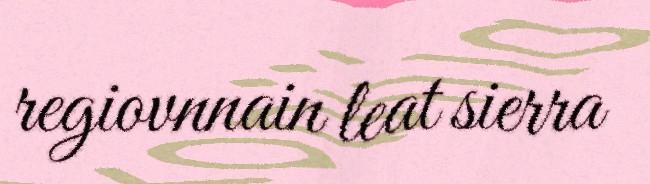
regiovnnain leat sierra